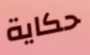
حكاية